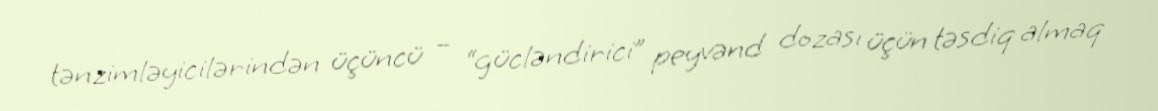
tənzimləyicilərindən üçüncü – “gücləndirici” peyvənd dozası üçün təsdiq almaq